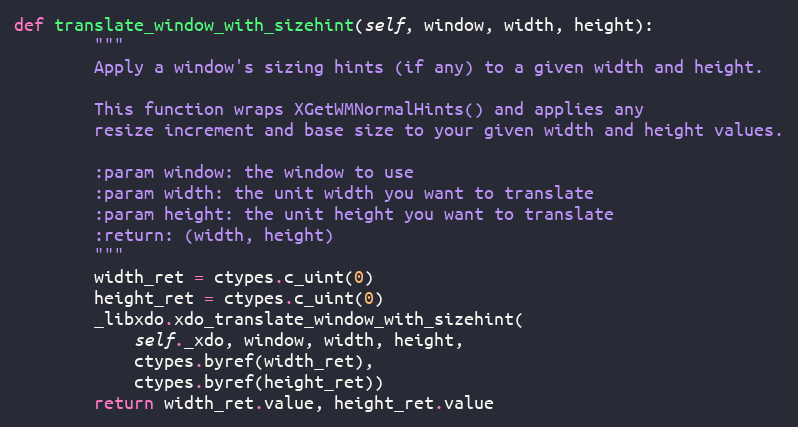
Language: Python
def translate_window_with_sizehint(self, window, width, height):
        """
        Apply a window's sizing hints (if any) to a given width and height.

        This function wraps XGetWMNormalHints() and applies any
        resize increment and base size to your given width and height values.

        :param window: the window to use
        :param width: the unit width you want to translate
        :param height: the unit height you want to translate
        :return: (width, height)
        """
        width_ret = ctypes.c_uint(0)
        height_ret = ctypes.c_uint(0)
        _libxdo.xdo_translate_window_with_sizehint(
            self._xdo, window, width, height,
            ctypes.byref(width_ret),
            ctypes.byref(height_ret))
        return width_ret.value, height_ret.value